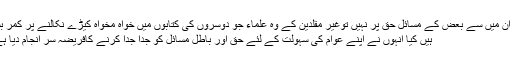
اگر ان میں سے بعض کے مسائل حق پر نہیں توغیر مقلدین کے وہ علماء جو دوسروں کی کتابوں میں خواہ مخواہ کیڑے نکالنے پر کمر بستہ
ہیں کیا انہوں نے اپنے عوام کی سہولت کے لئے حق اور باطل مسائل کو جدا جدا کرنے کافریضہ سر انجام دیا ہے ؟